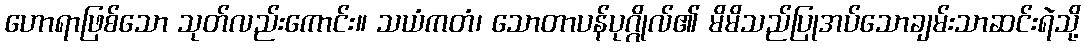
ဟောရာဖြစ်သော သုတ်လည်းကောင်း။ သယံကတံ၊ သောတာပန်ပုဂ္ဂိုလ်၏ မိမိသည်ပြုအပ်သောချမ်းသာဆင်းရဲသို့